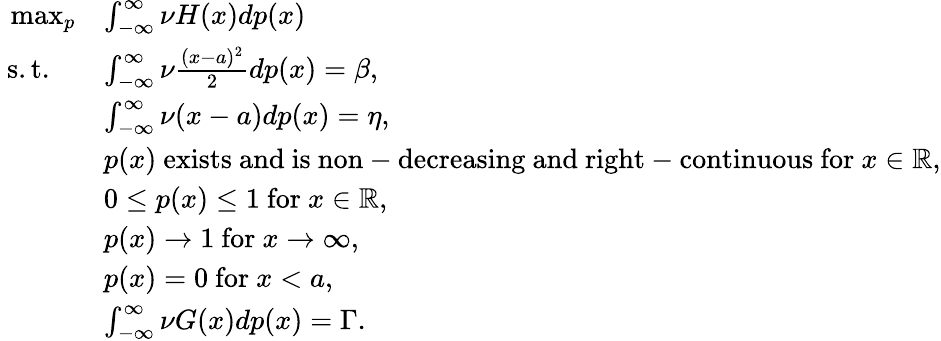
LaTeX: \begin{array}{rl}{\operatorname*{max}_{p}}&{\int_{-\infty}^{\infty}\nu H(x)dp(x)}\\ {\mathrm{~s.t.~}\ \ }&{\int_{-\infty}^{\infty}\nu\frac{(x-a)^{2}}{2}dp(x)=\beta,}\\ &{\int_{-\infty}^{\infty}\nu(x-a)dp(x)=\eta,}\\ &{p(x)\ \mathrm{exists~and~is~non-decreasing~and~right-continuous~for~}x\in\mathbb{R},}\\ &{0\leq p(x)\leq 1\ \mathrm{for~}x\in\mathbb{R},}\\ &{p(x)\rightarrow 1\ \mathrm{for~}x\rightarrow\infty,}\\ &{p(x)=0\ \mathrm{for~}x<a,}\\ &{\int_{-\infty}^{\infty}\nu G(x)dp(x)=\Gamma.}\end{array}